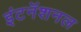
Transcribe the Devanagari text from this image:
इंटनॅशनल